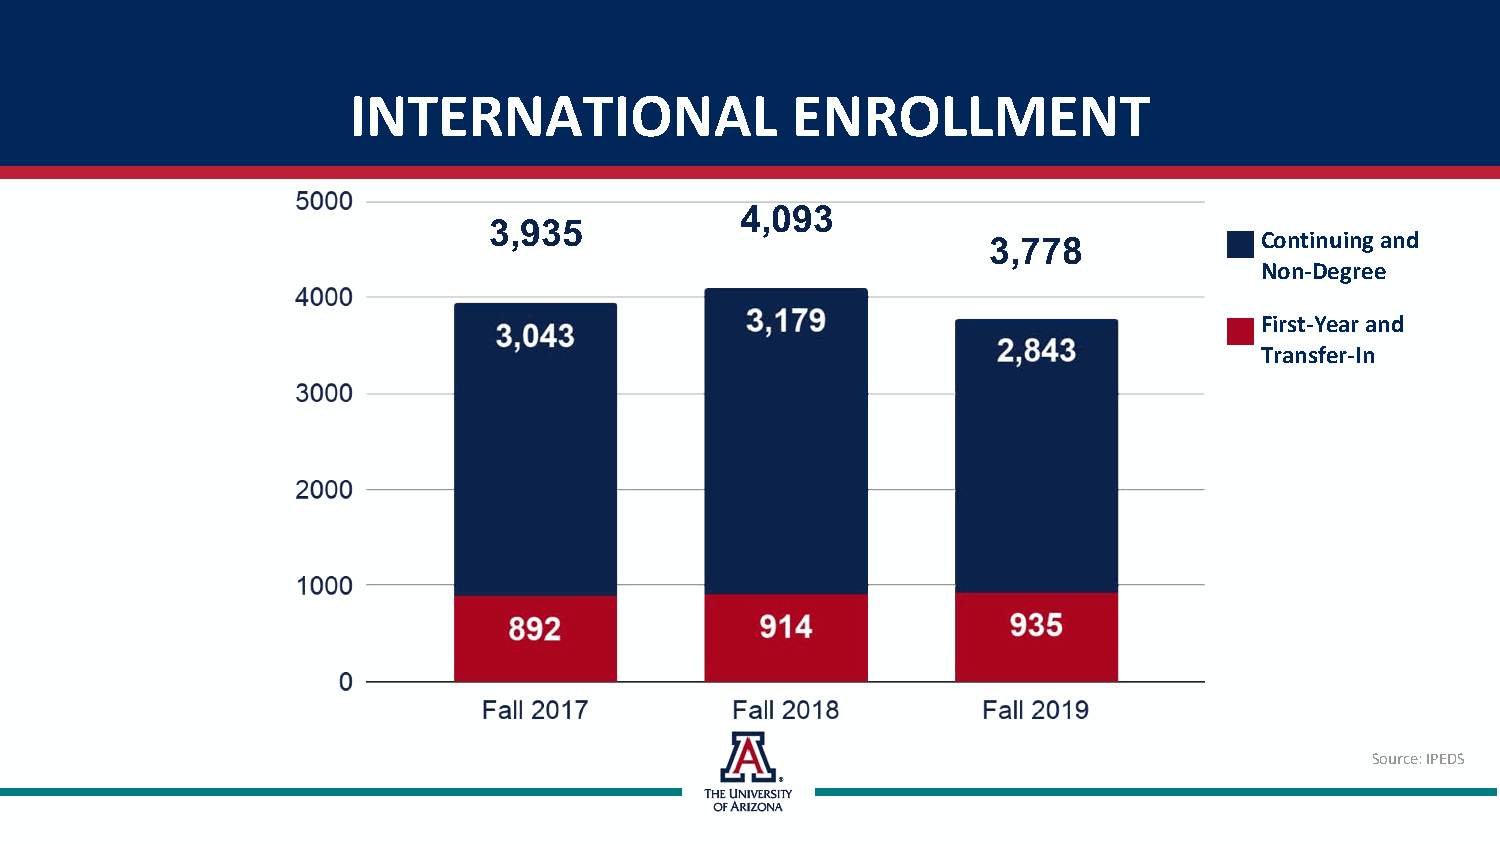
INTERNATIONAL                ENROLLMENT
 4,093
 3,935
 3,778             Continuing and
 Non-Degree
 First-Year and
 Transfer-In
 Source: IPEDS